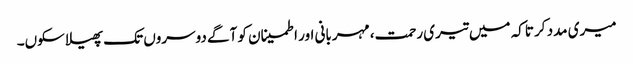
میری مدد کر تاکہ میں تیری رحمت، مہربانی اور اطمینان کو آگے دوسروں تک پھیلا سکوں۔